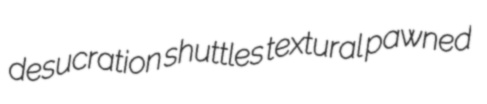
desucration shuttles textural pawned